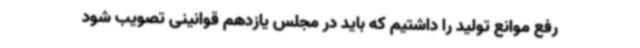
رفع موانع تولید را داشتیم که باید در مجلس یازدهم قوانینی تصویب شود